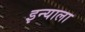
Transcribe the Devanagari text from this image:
इन्याला